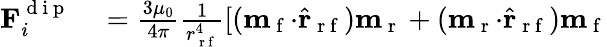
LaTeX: \begin{array}{rl}{\mathbf{F}_{i}^{\mathrm{~d~i~p~}}}&{{}=\frac{3\mu_{0}}{4\pi}\frac{1}{r_{\mathrm{~r~f~}}^{4}}[(\mathbf{m}_{\mathrm{~f~}}\mathbf{\cdot}\hat{\mathbf{r}}_{\mathrm{~r~f~}})\mathbf{m}_{\mathrm{~r~}}+(\mathbf{m}_{\mathrm{~r~}}\mathbf{\cdot}\hat{\mathbf{r}}_{\mathrm{~r~f~}})\mathbf{m}_{\mathrm{~f~}}}\end{array}